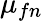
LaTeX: \mu_{fn}